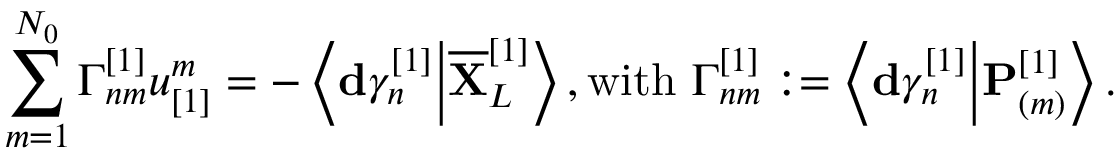
\sum _ { m = 1 } ^ { N _ { 0 } } \Gamma _ { n m } ^ { [ 1 ] } u _ { [ 1 ] } ^ { m } = - \left\langle \mathbf { d } \gamma _ { n } ^ { [ 1 ] } \Big \vert \overline { { \mathbf { X } } } _ { L } ^ { [ 1 ] } \right\rangle , \mathrm { w i t h ~ } \Gamma _ { n m } ^ { [ 1 ] } : = \left\langle \mathbf { d } \gamma _ { n } ^ { [ 1 ] } \Big \vert \mathbf { P } _ { ( m ) } ^ { [ 1 ] } \right\rangle .